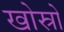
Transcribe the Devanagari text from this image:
खोस्रो